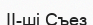
II-ші Съез